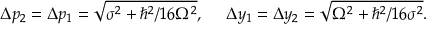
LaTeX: \Delta p _ { 2 } = \Delta p _ { 1 } = { \sqrt { \sigma ^ { 2 } + { \hbar ^ { 2 } / 1 6 \Omega ^ { 2 } } } } , ~ ~ ~ ~ \Delta y _ { 1 } = \Delta y _ { 2 } = { \sqrt { \Omega ^ { 2 } + \hbar ^ { 2 } / 1 6 \sigma ^ { 2 } } } .